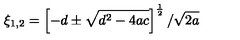
\xi _ { 1 , 2 } = \left[ - d \pm \sqrt { d ^ { 2 } - 4 a c } \right] ^ { \frac 1 2 } / \sqrt { 2 a }